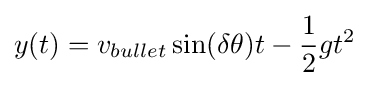
y(t)=v_{bullet}\sin(\delta \theta )t-{\frac {1}{2}}gt^{2}